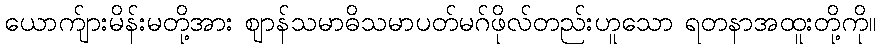
ယောက်ျားမိန်းမတို့အား ဈာန်သမာဓိသမာပတ်မဂ်ဖိုလ်တည်းဟူသော ရတနာအထူးတို့ကို။